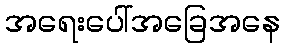
အရေးပေါ်အခြေအနေ